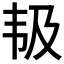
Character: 𱂃